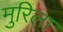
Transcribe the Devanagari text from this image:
मुरिला